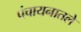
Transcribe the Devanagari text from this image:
पंचायनातले